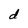
Character: d